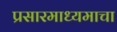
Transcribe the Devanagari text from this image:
प्रसारमाध्यमाचा